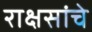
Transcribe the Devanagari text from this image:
राक्षसांचे